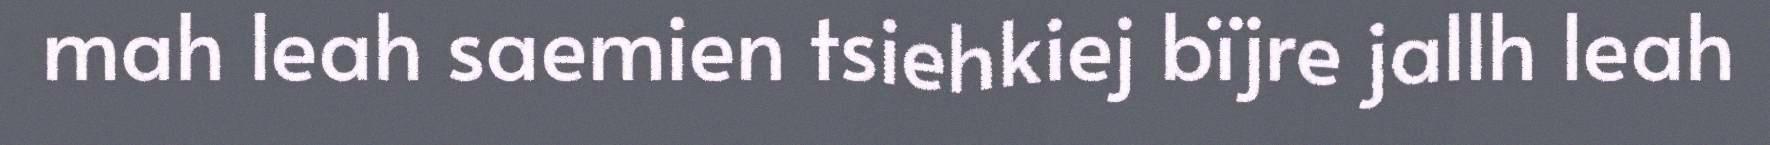
mah leah saemien tsiehkiej bïjre jallh leah